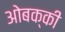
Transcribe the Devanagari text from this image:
ओबक्की